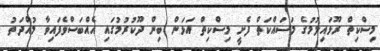
މިސްކިތް ރޫޅައިލުމުގެ މަސައްކަތް ފެށީ މިސްކިތް އަޅަން ބިން ދޫކުރުމުގައި އެއްބަސްވެފައިވާ މުއްދަތު